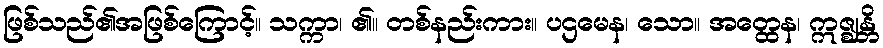
ဖြစ်သည်၏အဖြစ်ကြောင့်။ သက္ကာ၊ ၏။ တစ်နည်းကား။ ပဌမေန၊ သော။ အတ္ထေန၊ ဣဇ္ဈန္တိ